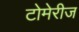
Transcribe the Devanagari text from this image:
टोमेरीज